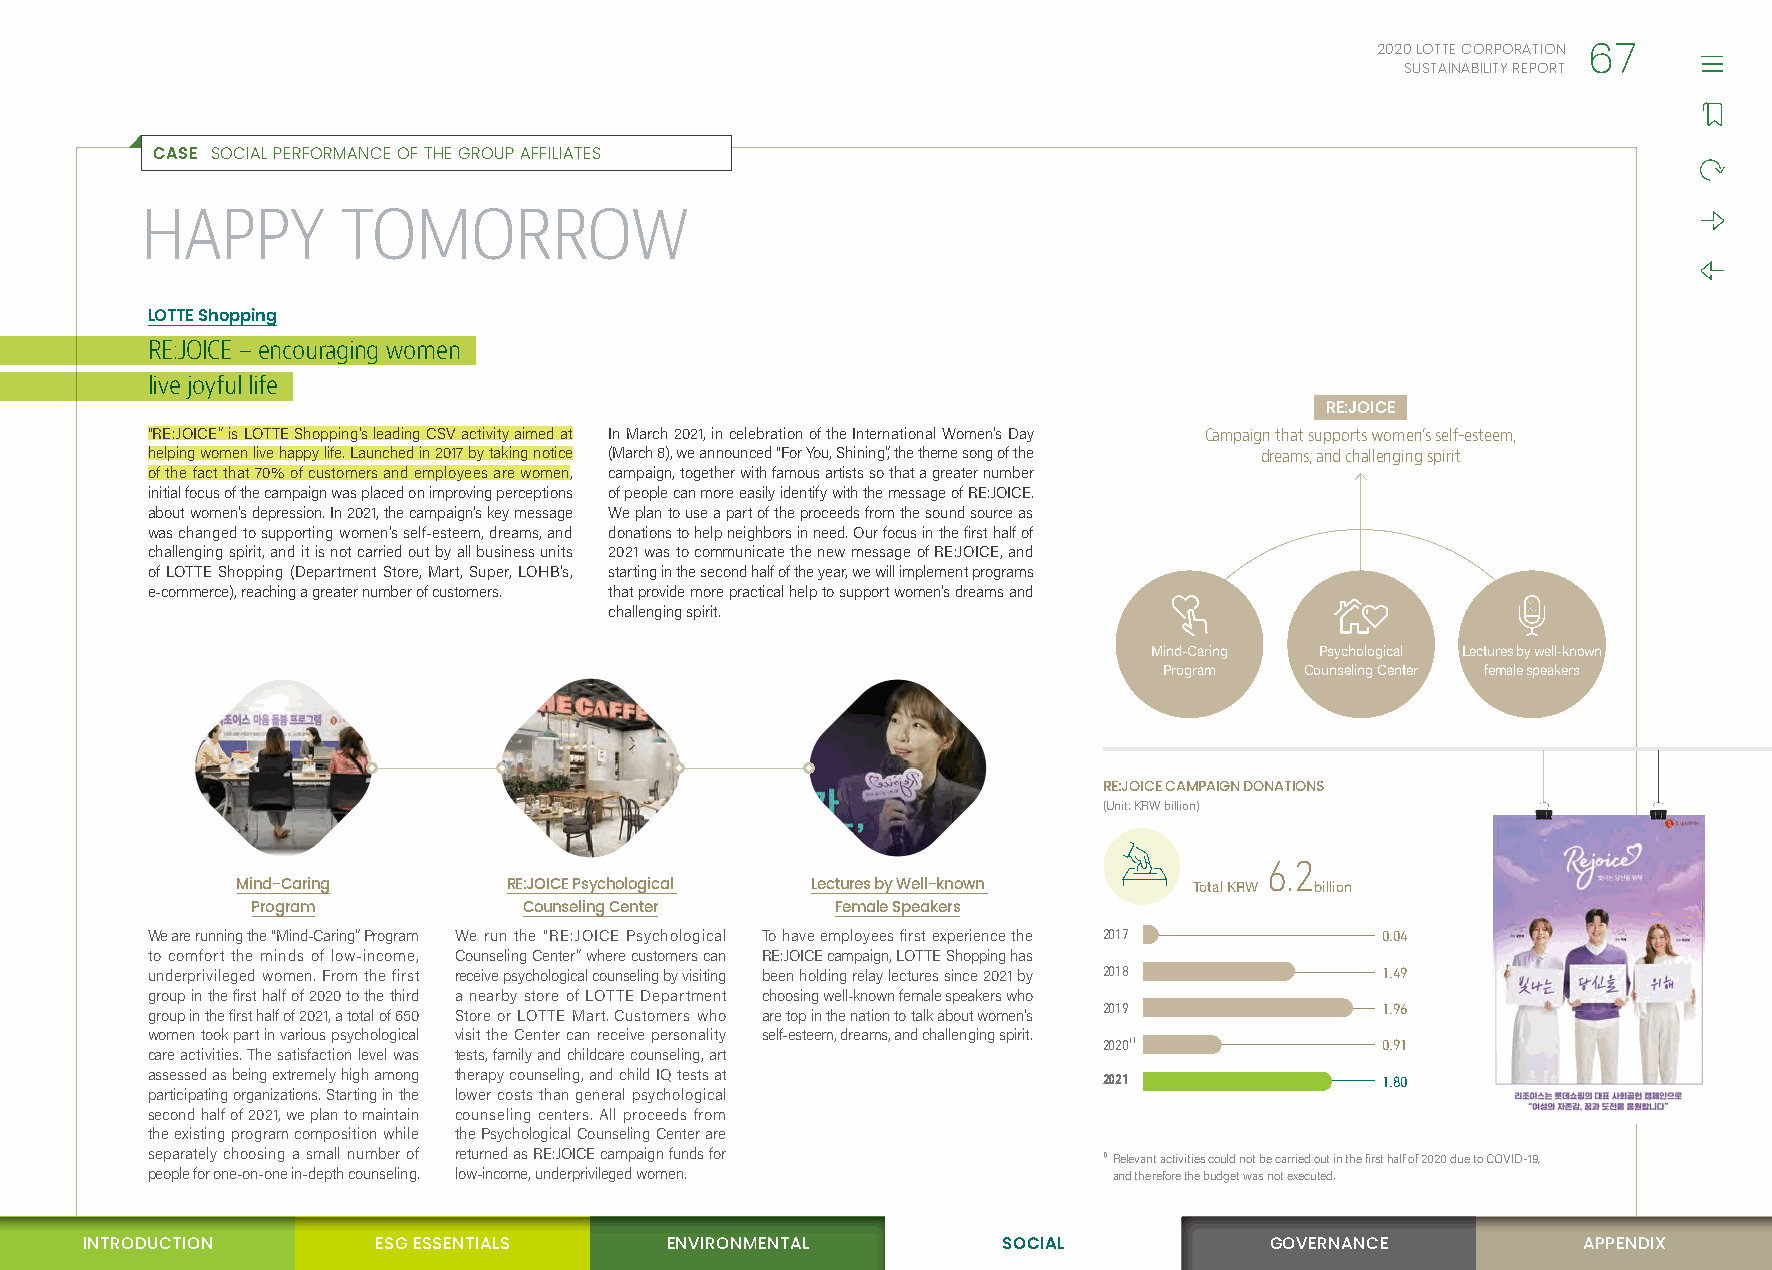
2020 LOTTE CORPORATION
 67
 SUSTAINABILITY REPORT
 CASE SOCIAL PERFORMANCE OF THE GROUP AFFILIATES
 HAPPY         TOMORROW
 LOTTE Shopping
 RE:JOICE – encouraging women
 live joyful life
 RE:JOICE
 “RE:JOICE” is LOTTE Shopping’s leading CSV activity aimed at In March 2021, in celebration of the International Women’s Day Campaign that supports women’s self-esteem,
 helping women live happy life. Launched in 2017 by taking notice (March 8), we announced “For You, Shining”, the theme song of the dreams, and challenging spirit
 of the fact that 70% of customers and employees are women, campaign, together with famous artists so that a greater number
 initial focus of the campaign was placed on improving perceptions of people can more easily identify with the message of RE:JOICE.
 about women’s depression. In 2021, the campaign’s key message We plan to use a part of the proceeds from the sound source as
 was changed to supporting women’s self-esteem, dreams, and donations to help neighbors in need. Our focus in the first half of
 challenging spirit, and it is not carried out by all business units 2021 was to communicate the new message of RE:JOICE, and
 of LOTTE Shopping (Department Store, Mart, Super, LOHB’s, starting in the second half of the year, we will implement programs
 e-commerce), reaching a greater number of customers. that provide more practical help to support women’s dreams and
 challenging spirit.
 Mind-Caring Psychological Lectures by well-known
 Program  Counseling Center female speakers
 RE:JOICE CAMPAIGN DONATIONS
 (Unit: KRW billion)
 6.2
 Mind-Caring       RE:JOICE Psychological Lectures by Well-known Total KRW billion
 Program           Counseling Center   Female Speakers
 We are running the “Mind-Caring” Program We run the “RE:JOICE Psychological To have employees first experience the 2017 0.04
 to comfort the minds of low-income, Counseling Center” where customers can RE:JOICE campaign, LOTTE Shopping has
 underprivileged women. From the first receive psychological counseling by visiting been holding relay lectures since 2021 by 2018 1.49
 group in the first half of 2020 to the third a nearby store of LOTTE Department choosing well-known female speakers who
 group in the first half of 2021, a total of 650 Store or LOTTE Mart. Customers who are top in the nation to talk about women’s 2019 1.96
 women took part in various psychological visit the Center can receive personality self-esteem, dreams, and challenging spirit.
 20201)             0.91
 care activities. The satisfaction level was tests, family and childcare counseling, art
 assessed as being extremely high among therapy counseling, and child IQ tests at 2021 1.80
 participating organizations. Starting in the lower costs than general psychological
 second half of 2021, we plan to maintain counseling centers. All proceeds from
 the existing program composition while the Psychological Counseling Center are
 separately choosing a small number of returned as RE:JOICE campaign funds for 1) R elevant activities could not be carried out in the first half of 2020 due to COVID-19,
 people for one-on-one in-depth counseling. low-income, underprivileged women. and therefore the budget was not executed.
 INTRODUCTION        ESG ESSENTIALS     ENVIRONMENTAL         SSOOCCIIAALL      GOVERNANCE           APPENDIX